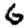
Digit: 6